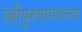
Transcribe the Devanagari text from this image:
स्त्रीपुरुषांमधल्या